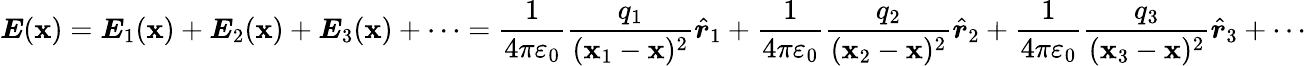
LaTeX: {\boldsymbol{E}}({\boldsymbol{\mathbf{x}}})={\boldsymbol{E}}_{1}({\boldsymbol{\mathbf{x}}})+{\boldsymbol{E}}_{2}({\boldsymbol{\mathbf{x}}})+{\boldsymbol{E}}_{3}({\boldsymbol{\mathbf{x}}})+\cdots={\frac{{1}}{{4\pi\varepsilon_{0}}}}{\frac{{q_{1}}}{{({\boldsymbol{\mathbf{x}}}_{1}-{\boldsymbol{\mathbf{x}}})^{2}}}}{\hat{{\boldsymbol{r}}}}_{1}+{\frac{{1}}{{4\pi\varepsilon_{0}}}}{\frac{{q_{2}}}{{({\boldsymbol{\mathbf{x}}}_{2}-{\boldsymbol{\mathbf{x}}})^{2}}}}{\hat{{\boldsymbol{r}}}}_{2}+{\frac{{1}}{{4\pi\varepsilon_{0}}}}{\frac{{q_{3}}}{{({\boldsymbol{\mathbf{x}}}_{3}-{\boldsymbol{\mathbf{x}}})^{2}}}}{\hat{{\boldsymbol{r}}}}_{3}+\cdots